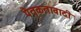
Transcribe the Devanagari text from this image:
पैतृकतावादी